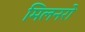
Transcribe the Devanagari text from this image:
मिलनरो